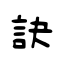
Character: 訣